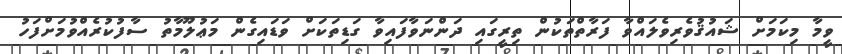
ވީމާ މިކަމަށް ޝައުޤުވެރިވެލައްވާ ފަރާތްތަކުން ތިރީގައި ދަންނަވާފައިވާ ގަޑިތަކަށް ވަޑައިގެން މަޢުލޫމާތު ސާފުކުރެއްވުމަށްފަހު